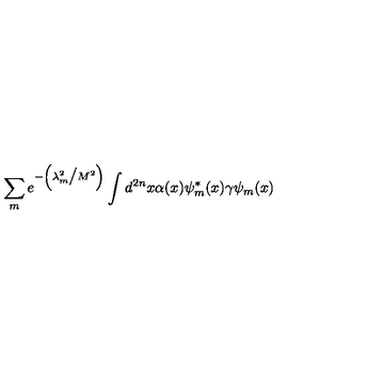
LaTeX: \sum _ { m } e ^ { - \left( \lambda _ { m } ^ { 2 } \big / M ^ { 2 } \right) } \int d ^ { 2 n } x \alpha ( x ) \psi _ { m } ^ { * } ( x ) \gamma \psi _ { m } ( x )